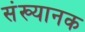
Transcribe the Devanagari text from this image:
संख्यानक